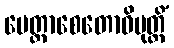
မေတ္တာစေတောဝိမုတ္တိံ